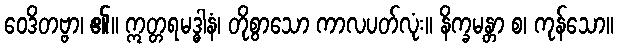
ဝေဒိတဗ္ဗာ၊ ၏။ ဣတ္တရမဒ္ဓါနံ၊ တိုစွာသော ကာလပတ်လုံး။ နိက္ခမန္တာ စ၊ ကုန်သော။